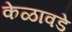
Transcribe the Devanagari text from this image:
केळावडे